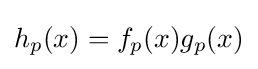
h_{p}(x)=f_{p}(x)g_{p}(x)